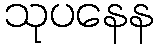
သုပနေန